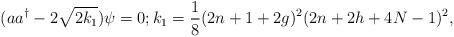
LaTeX: \begin{align*}(a a^\dagger -2 \sqrt{2k_1}) \psi =0; k_1 = \frac{1}{8} (2n +1 +2g)^2 (2n+2h+4N-1)^2 ,\end{align*}